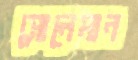
সোলেমান